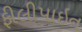
ફીલીપાઇન